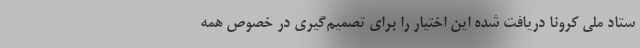
ستاد ملی کرونا دریافت شده این اختیار را برای تصمیم‌گیری در خصوص همه